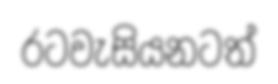
රටවැසියනටත්